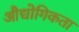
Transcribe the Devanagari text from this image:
औद्योगिकता